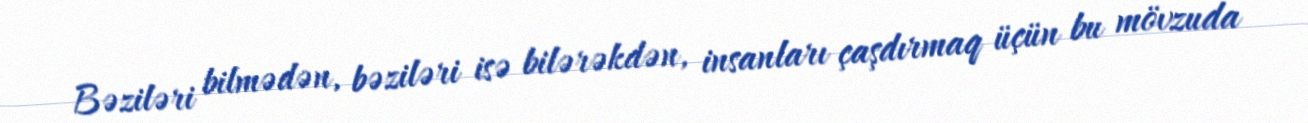
Bəziləri bilmədən, bəziləri isə bilərəkdən, insanları çaşdırmaq üçün bu mövzuda